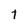
Character: t